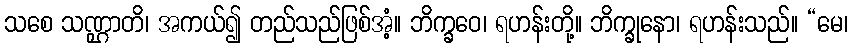
သစေ သဏ္ဌာတိ၊ အကယ်၍ တည်သည်ဖြစ်အံ့။ ဘိက္ခဝေ၊ ရဟန်းတို့။ ဘိက္ခုနော၊ ရဟန်းသည်။ “မေ၊